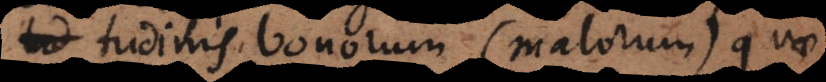
tudinis bonorum (malorum) quae